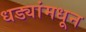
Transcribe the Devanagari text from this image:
धड्यांमधून